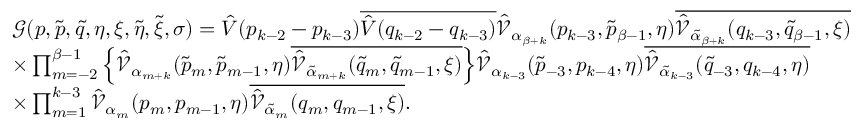
\begin{array} { r l } & { \mathcal { G } ( \boldsymbol { p } , \boldsymbol { \tilde { p } } , \boldsymbol { \tilde { q } } , \boldsymbol { \eta } , \boldsymbol { \xi } , \tilde { \eta } , \tilde { \xi } , \sigma ) = \hat { V } ( p _ { k - 2 } - p _ { k - 3 } ) \overline { { \hat { V } ( q _ { k - 2 } - q _ { k - 3 } ) } } \hat { \mathcal { V } } _ { \alpha _ { \beta + k } } ( p _ { k - 3 } , \tilde { p } _ { \beta - 1 } , \boldsymbol { \eta } ) \overline { { \hat { \mathcal { V } } _ { \tilde { \alpha } _ { \beta + k } } ( q _ { k - 3 } , \tilde { q } _ { \beta - 1 } , \boldsymbol { \xi } ) } } } \\ & { \times \prod _ { m = - 2 } ^ { \beta - 1 } \Big \{ \hat { \mathcal { V } } _ { \alpha _ { m + k } } ( \tilde { p } _ { m } , \tilde { p } _ { m - 1 } , \boldsymbol { \eta } ) \overline { { \hat { \mathcal { V } } _ { \tilde { \alpha } _ { m + k } } ( \tilde { q } _ { m } , \tilde { q } _ { m - 1 } , \boldsymbol { \xi } ) } } \Big \} \hat { \mathcal { V } } _ { \alpha _ { k - 3 } } ( \tilde { p } _ { - 3 } , p _ { k - 4 } , \boldsymbol { \eta } ) \overline { { \hat { \mathcal { V } } _ { \tilde { \alpha } _ { k - 3 } } ( \tilde { q } _ { - 3 } , q _ { k - 4 } , \boldsymbol { \eta } ) } } } \\ & { \times \prod _ { m = 1 } ^ { k - 3 } \hat { \mathcal { V } } _ { \alpha _ { m } } ( p _ { m } , p _ { m - 1 } , \boldsymbol { \eta } ) \overline { { \hat { \mathcal { V } } _ { \tilde { \alpha } _ { m } } ( q _ { m } , q _ { m - 1 } , \boldsymbol { \xi } ) } } . } \end{array}